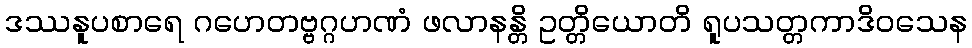
ဒဿနူပစာရေ ဂဟေတဗ္ဗဂ္ဂဟဏံ ဖလာနန္တိ ဥတ္တိယောတိ ရူပသတ္တကာဒိဝသေန